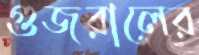
গুজরালের